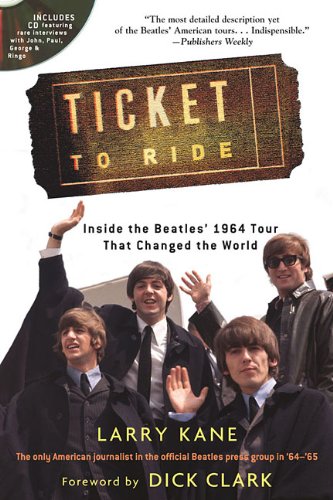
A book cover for Ticket to Ride: Inside the Beatles 1964 Tour That Changed the World; Larry Kane; Humor & Entertainment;